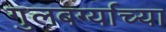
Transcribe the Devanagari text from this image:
गुलबर्ग्याच्या